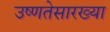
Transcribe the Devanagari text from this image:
उष्णतेसारख्या